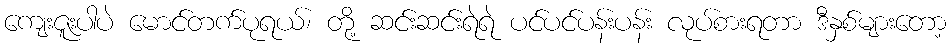
ကျေးဇူးပါပဲ မောင်တက်ပုရယ်၊ တို့ ဆင်းဆင်းရဲရဲ ပင်ပင်ပန်းပန်း လုပ်စားရတာ ဒီနှစ်များတော့